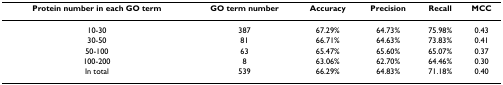
<table><thead><tr><td><b>Protein number in each GO term</b></td><td><b>GO term number</b></td><td><b>Accuracy</b></td><td><b>Precision</b></td><td><b>Recall</b></td><td><b>MCC</b></td></tr></thead><tbody><tr><td>10-30</td><td>387</td><td>67.29%</td><td>64.73%</td><td>75.98%</td><td>0.43</td></tr><tr><td>30-50</td><td>81</td><td>66.71%</td><td>64.63%</td><td>73.83%</td><td>0.41</td></tr><tr><td>50-100</td><td>63</td><td>65.47%</td><td>65.60%</td><td>65.07%</td><td>0.37</td></tr><tr><td>100-200</td><td>8</td><td>63.06%</td><td>62.70%</td><td>64.46%</td><td>0.30</td></tr><tr><td>In total</td><td>539</td><td>66.29%</td><td>64.83%</td><td>71.18%</td><td>0.40</td></tr></tbody></table>